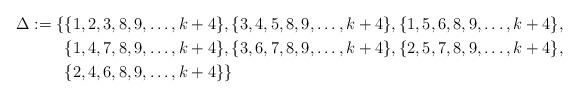
LaTeX: \begin{align*}\Delta:=\{&\{1,2,3,8,9,\ldots,k+4\},\{3,4,5,8,9,\ldots,k+4\},\{1,5,6,8,9,\ldots,k+4\},\\&\{1,4,7,8,9,\ldots,k+4\},\{3,6,7,8,9,\ldots,k+4\},\{2,5,7,8,9,\ldots,k+4\},\\&\{2,4,6,8,9,\ldots,k+4\}\}\end{align*}